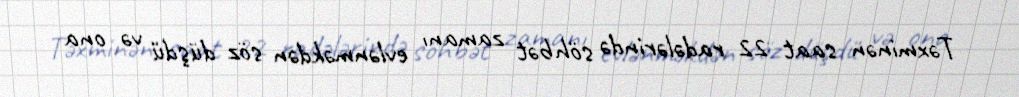
Təxminən saat 22 radələrində söhbət zamanı evlənməkdən söz düşdü və ona